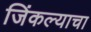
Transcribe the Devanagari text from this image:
जिंकल्याचा